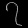
Digit: ၇